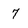
Character: 7